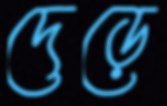
দেড়ে